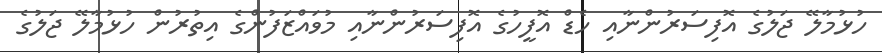
ހުޅުމާލޭ ޖަލުގެ އޮފިސަރުންނާއި ހެޑް އޮފީހުގެ އޮފިސަރުންނާއި މުވައްޒަފުންގެ އިތުރުން ހުޅުމާލޭ ޖަލުގެ